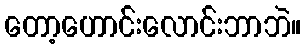
တော့ဟောင်းလောင်းဘာဘဲ။